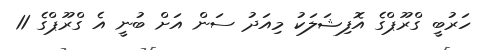
ހަރުބީ ގްރޫޕްގެ އޮފިޝަލަކު މިއަދު ސަން އަށް ބުނީ އެ ގްރޫޕްގެ 11